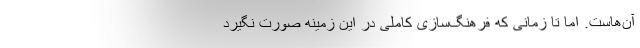
آن‌هاست. اما تا زمانی که فرهنگ‌سازی کاملی در این زمینه صورت نگیرد